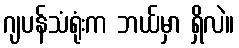
ဂျပန်သံရုံးက ဘယ်မှာ ရှိလဲ။